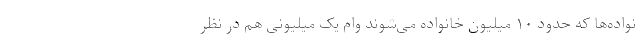
نواده‌ها که حدود ۱۰ میلیون خانواده می‌شوند وام یک میلیونی هم در نظر